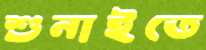
শুনাইতে